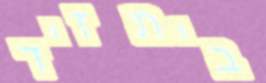
בית זיד